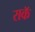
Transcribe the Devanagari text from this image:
राकॅ